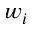
w _ { i }